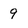
Character: 9